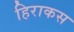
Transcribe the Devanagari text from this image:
हिराकस